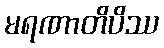
မရဏာတိပိဿ